Civil Veterinary Dept. Bombay admin report 1893-99 - 1893-1899
Year: 1893
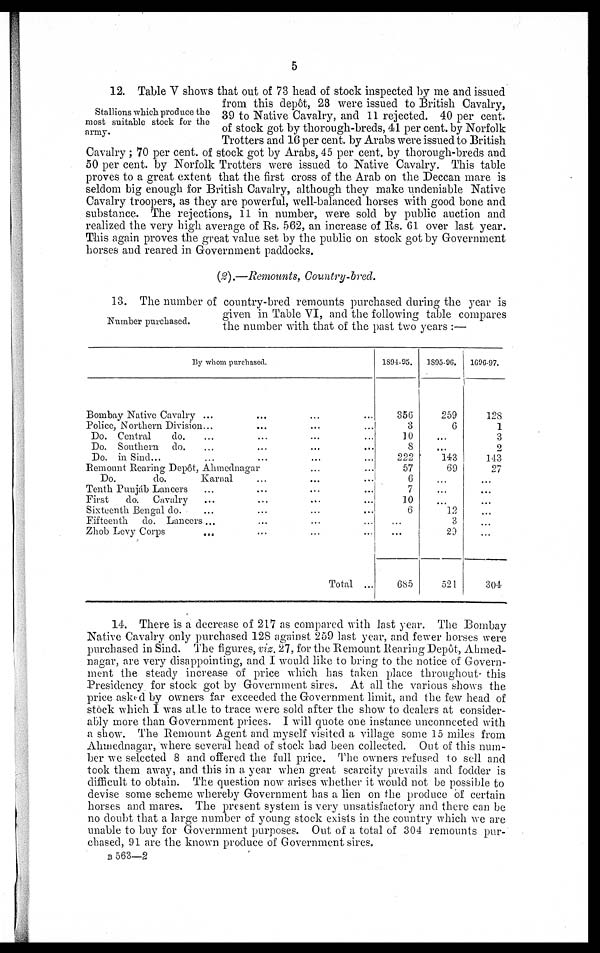
5
Stallions which produce the
most suitable stock for the
army.
12. Table V shows that out of 73 head of stock inspected by me and issued
from this depôt, 28 were issued to British Cavalry,
39 to Native Cavalry, and 11 rejected. 40 per cent.
of stock got by thorough-breds, 41 per cent. by Norfolk
Trotters and 16 per cent. by Arabs were issued to British
Cavalry; 70 per cent. of stock got by Arabs, 45 per cent. by thorough-breds and
50 per cent. by Norfolk Trotters were issued to Native Cavalry. This table
proves to a great extent that the first cross of the Arab on the Deccan mare is
seldom big enough for British Cavalry, although they make undeniable Native
Cavalry troopers, as they are powerful, well-balanced horses with good bone and
substance. The rejections, 11 in number, were sold by public auction and
realized the very high average of Rs. 562, an increase of Rs. 61 over last year.
This again proves the great value set by the public on stock got by Government
horses and reared in Government paddocks.
(2).—Remounts, Country-bred.
Number purchased.
13. The number of country-bred remounts purchased during the year is
given in Table VI, and the following table compares
the number with that of the past two years:—
By whom purchased.
Bombay Native Cavalry ... ... ... ...
Police, Northern Division... ... ... ...
Do. Central
do. ... ... ... ...
Do. Southern do. ... ... ... ...
Do. in Sind... ... ... ... ...
Remount Rearing Depôt, Ahmednagar ... ...
Do.
do.
Karnal ... ... ...
Tenth Punjab Lancers ... ... ... ...
First
do. Cavalry ... ... ... ...
Sixteenth Bengal do. ... ... ... ...
Fifteenth
do. Lancers... ... ... ...
Zhob Levy Corps ... ... ... ...
Total ...
1894-95.
356
3
10
8
222
57
6
7
10
6
...
...
685
1895-96.
259
6
...
...
143
69
...
...
...
12
3
29
521
1696-97.
128
1
3
2
143
27
...
...
...
...
...
...
304
14. There is a decrease of 217 as compared with last year. The Bombay
Native Cavalry only purchased 128 against 259 last year, and fewer horses were
purchased in Sind. The figures, viz. 27, for the Remount Rearing Depôt, Ahmed¬
nagar, are very disappointing, and I would like to bring to the notice of Govern-
ment the steady increase of price which has taken place throughout this
Presidency for stock got by Government sires. At all the various shows the
price asked by owners far exceeded the Government limit, and the few head of
stock which I was able to trace were sold after the show to dealers at consider-
ably more than Government prices. I will quote one instance unconnected with
a show. The Remount Agent and myself visited a village some 15 miles from
Ahmednagar, where several head of stock had been collected. Out of this num-
ber we selected 8 and offered the full price. The owners refused to sell and
took them away, and this in a year when great scarcity prevails and fodder is
difficult to obtain. The question now arises whether it would not be possible to
devise some scheme whereby Government has a lien on the produce of certain
horses and mares. The present system is very unsatisfactory and there can be
no doubt that a large number of young stock exists in the country which we are
unable to buy for Government purposes. Out of a total of 304 remounts pur-
chased, 91 are the known produce of Government sires.
B 563—2